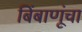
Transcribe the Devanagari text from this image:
बिंबाणूंचा